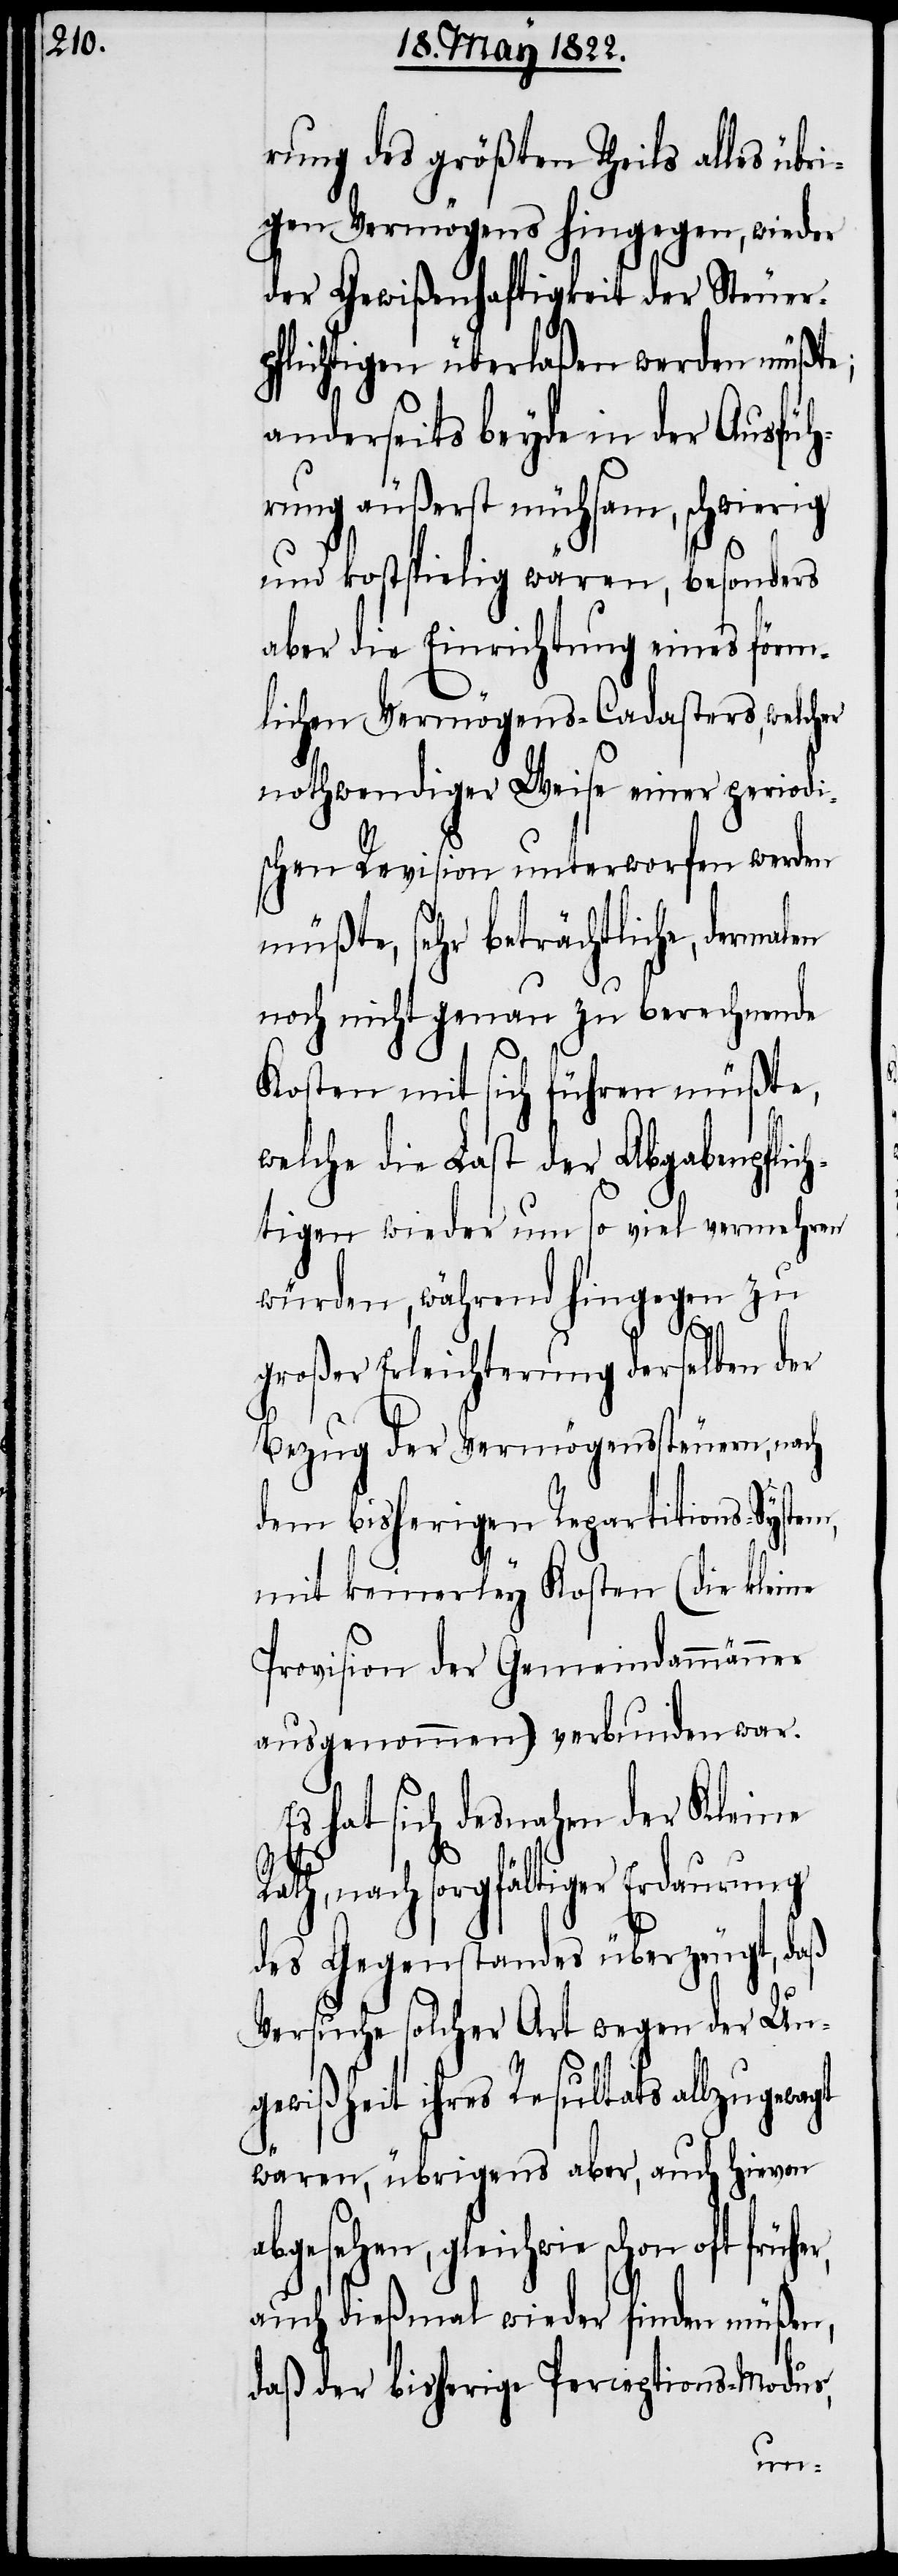
rung des größten Theils alles übr¬
igen Vermögens hingegen, wieder
der Gewißenhaftigkeit der Steuer¬
pflichtigen überlaßen werden müßte;
anderseits beyde in der Ausfüh¬
rung äußerst mühsam, schwierig
und kostspielig wären, besonders
aber die Einrichtung eines förm¬
lichen Vermögens-Cadasters, welcher
nothwendiger Weise einer periodi¬
schen Revision unterworfen werden
müßte, sehr beträchtliche, dermal¬
noch nicht genau zu berechnende
Kosten mit sich führen müßte,
welche die Last der Abgabenpflich¬
tigen wieder um so viel vermehren
würden, während hingegen zu
großer Erleichterung derselben der
Bezug der Vermögenssteuern, nach
dem bisherigen Repartitions-Syste¬
mit keinerley Kosten (die kleine
Provision der Gemeindammänner
ausgenommen) verbunden war.
Es hat sich desnahen der Kleine
ath, nach sorgfältliger Erdaurung
des Gegenstandes überzeugt, daß
Versuche solcher Art wegen der Un¬
gewißheit ihres Resultats allzu g¬
wären, übrigens aber, auch hievon
abgesehen, gleichwie schon oft früh¬
auch dießmal wieder finden müßen,
daß der bisherige Perceptions-Modus,
er,